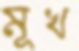
মূখ